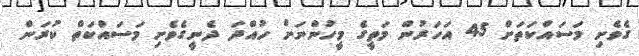
ގެވެށި މަސައްކަތަށް 45 އަހަރުން މަތީގެ މީހުންނަށް ހުއްދަ ދެނީގެވެށި މަސައްކަތް ކުރަން